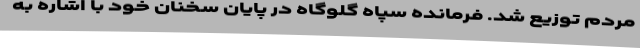
مردم توزیع شد. فرمانده سپاه گلوگاه در پایان سخنان خود با اشاره به